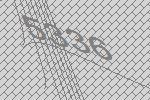
5336